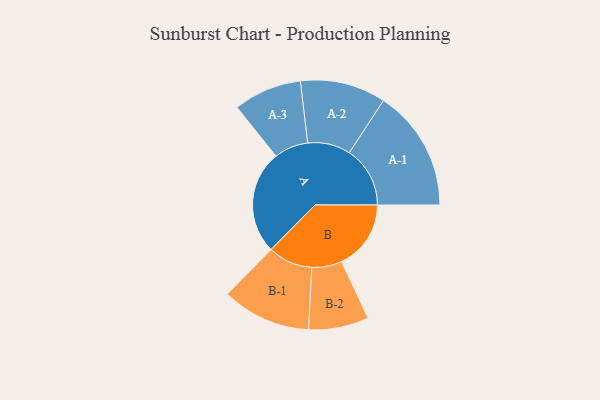
{"axis": {"x": "Segment", "y": "Value"}, "legend": ["", "A", "B"], "data": [{"x": "A", "y": 455, "type": ""}, {"x": "B", "y": 305, "type": ""}, {"x": "A-1", "y": 267, "type": "A"}, {"x": "A-2", "y": 188, "type": "A"}, {"x": "A-3", "y": 150, "type": "A"}, {"x": "B-1", "y": 196, "type": "B"}, {"x": "B-2", "y": 132, "type": "B"}]}